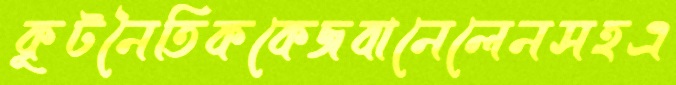
কূটনৈতিককেজবানেলেনসহএ